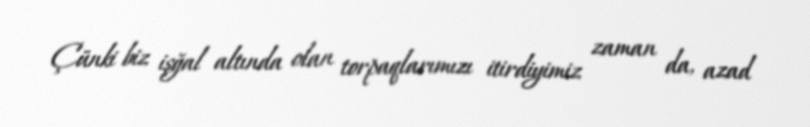
Çünki biz işğal altında olan torpaqlarımızı itirdiyimiz zaman da, azad